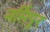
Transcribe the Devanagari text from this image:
नर्सिपुर